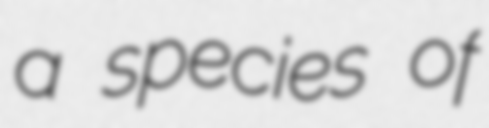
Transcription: a species of